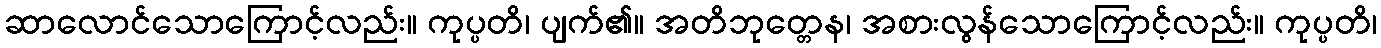
ဆာလောင်သောကြောင့်လည်း။ ကုပ္ပတိ၊ ပျက်၏။ အတိဘုတ္တေန၊ အစားလွန်သောကြောင့်လည်း။ ကုပ္ပတိ၊